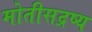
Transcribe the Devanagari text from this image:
मोतीसद्रष्य